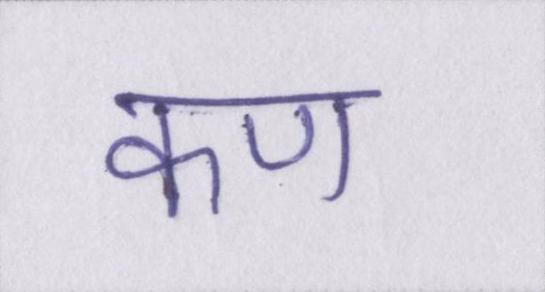
कण